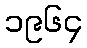
၁၉၆၄